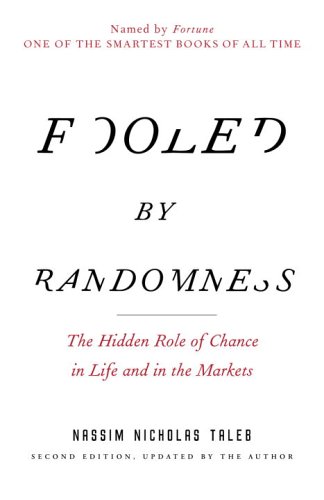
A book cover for Fooled by Randomness: The Hidden Role of Chance in Life and in the Markets (Incerto); Nassim Nicholas Taleb; Self-Help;